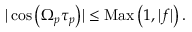
\begin{array} { r } { \vert \cos { \left( \Omega _ { p } \tau _ { p } \right) } \vert \le \mathrm { M a x } \left( 1 , \vert f \vert \right) . } \end{array}